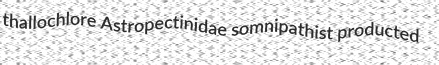
thallochlore Astropectinidae somnipathist producted